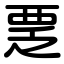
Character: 覂